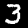
Label: 3